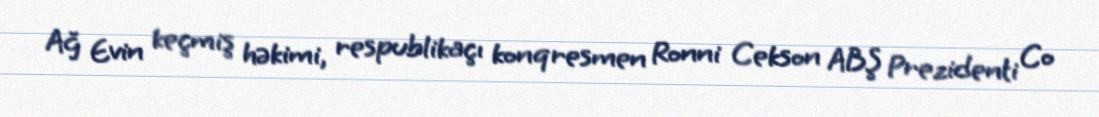
Ağ Evin keçmiş həkimi, respublikaçı konqresmen Ronni Cekson ABŞ Prezidenti Co